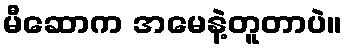
မီဆောက အမေနဲ့တူတာပဲ။